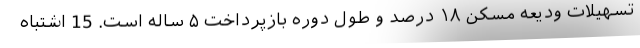
تسهیلات ودیعه مسکن ۱۸ درصد و طول دوره بازپرداخت ۵ ساله است. 15 اشتباه